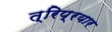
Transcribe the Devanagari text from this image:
त्रिप्रयार